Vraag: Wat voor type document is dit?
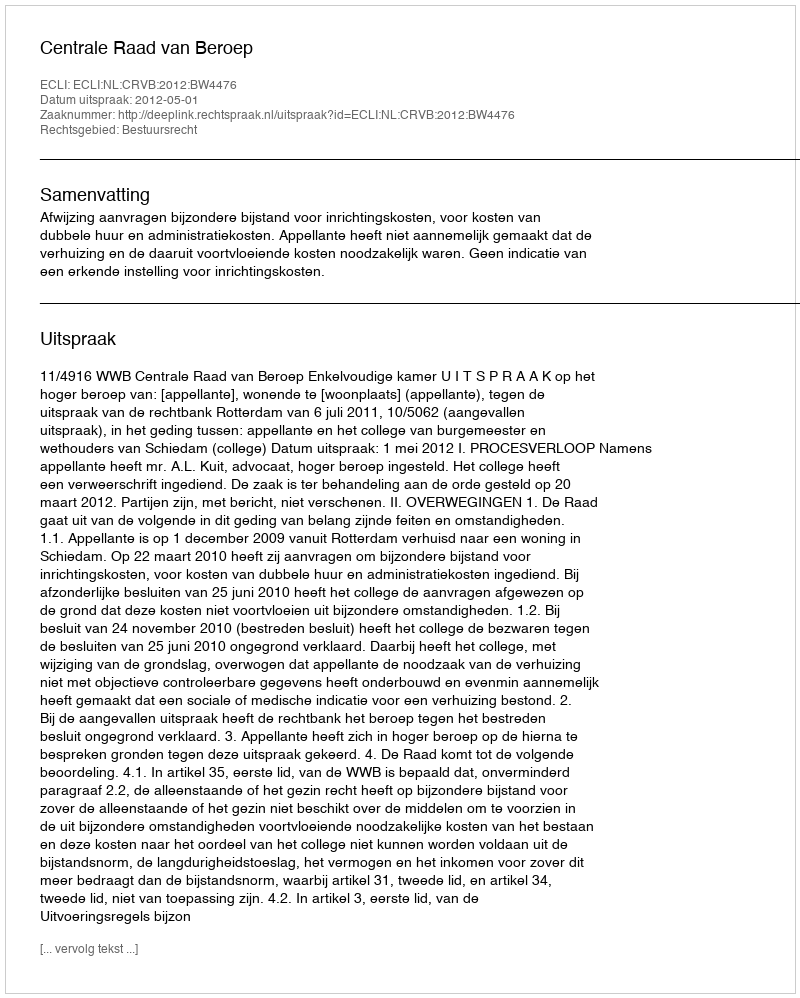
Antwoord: Uitspraak